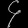
Digit: ၄